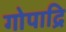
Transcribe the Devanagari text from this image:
गोपाद्रि